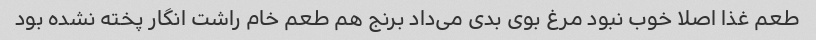
طعم غذا اصلا خوب نبود مرغ بوی بدی می‌داد برنج هم طعم خام راشت انگار پخته نشده بود